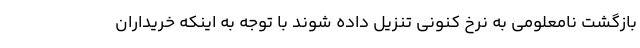
بازگشت نامعلومی به نرخ کنونی تنزیل داده شوند با توجه به اینکه خریداران